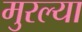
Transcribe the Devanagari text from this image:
मुरल्या